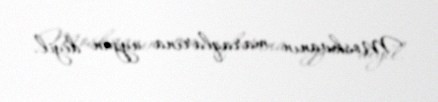
Moskvanın maraqlarına uyğun deyil.